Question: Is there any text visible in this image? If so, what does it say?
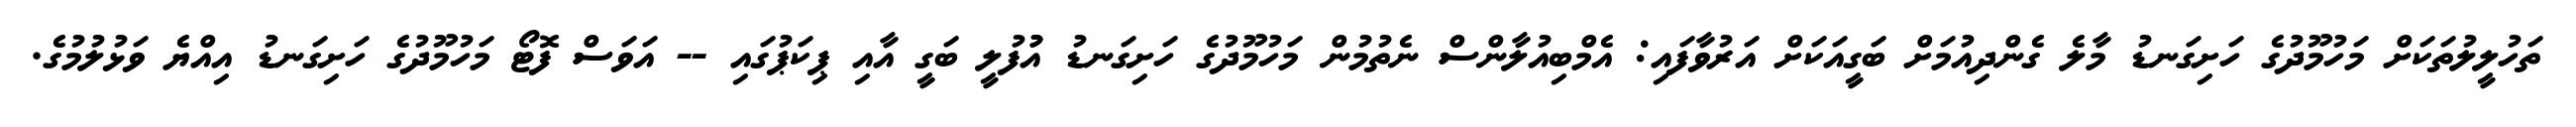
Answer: ތަހުލީލުތަކަށް މަހުމޫދުގެ ހަށިގަނޑު މާލެ ގެންދިއުމަށް ބަގީއަކަށް އަރުވާފައި: އެމްބިއުލާންސް ނެތުމުން މަހުމޫދުގެ ހަށިގަނޑު އުުފުލީ ބަގީ އާއި ޕިކަޕުގައި -- އަވަސް ފޮޓޯ މަހުމޫދުގެ ހަށިގަނޑު އިއްޔެ ވަޅުލުމުގެ.